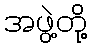
အဖွဲ့တို့